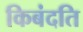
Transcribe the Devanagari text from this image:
किबंदति